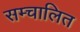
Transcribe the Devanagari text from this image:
सम्चालित